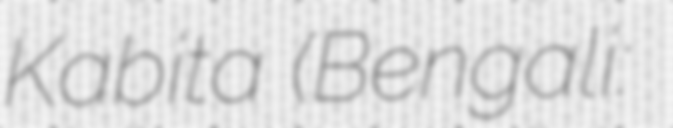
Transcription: Kabita (Bengali: শেষের